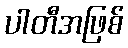
ပါတီအဖြစ်